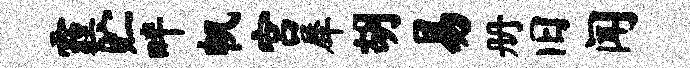
霾贮畔帆宫犀胡易册旧闻